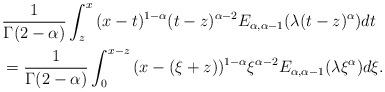
LaTeX: \begin{align*}&\frac{1}{\Gamma(2-\alpha)}\int_z^x {(x-t)^{1-\alpha}}(t-z)^{\alpha - 2}E_{\alpha, \alpha-1}(\lambda (t-z)^{\alpha}) dt \\& = \frac{1}{\Gamma(2-\alpha)}\int_0^{x-z} {(x-(\xi + z))^{1-\alpha}}\xi^{\alpha - 2}E_{\alpha, \alpha-1}(\lambda \xi^{\alpha}) d\xi.\end{align*}